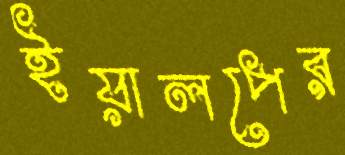
ইয়ালপের